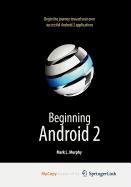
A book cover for Beginning Android 2; Mark Murphy; Computers & Technology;